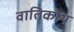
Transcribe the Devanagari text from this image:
वातिकोथ